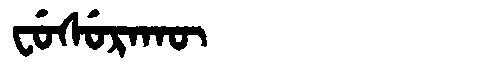
Manchu: ᠸᡠᠰᡠᡵᠠᡴᡡ
Romanization: FUSURAKŪ